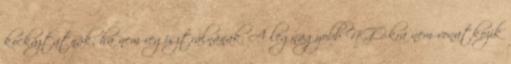
kockáztatnák, ha nem regisztrálnának. A legnagyobb NGO-kra nem vonatkozik